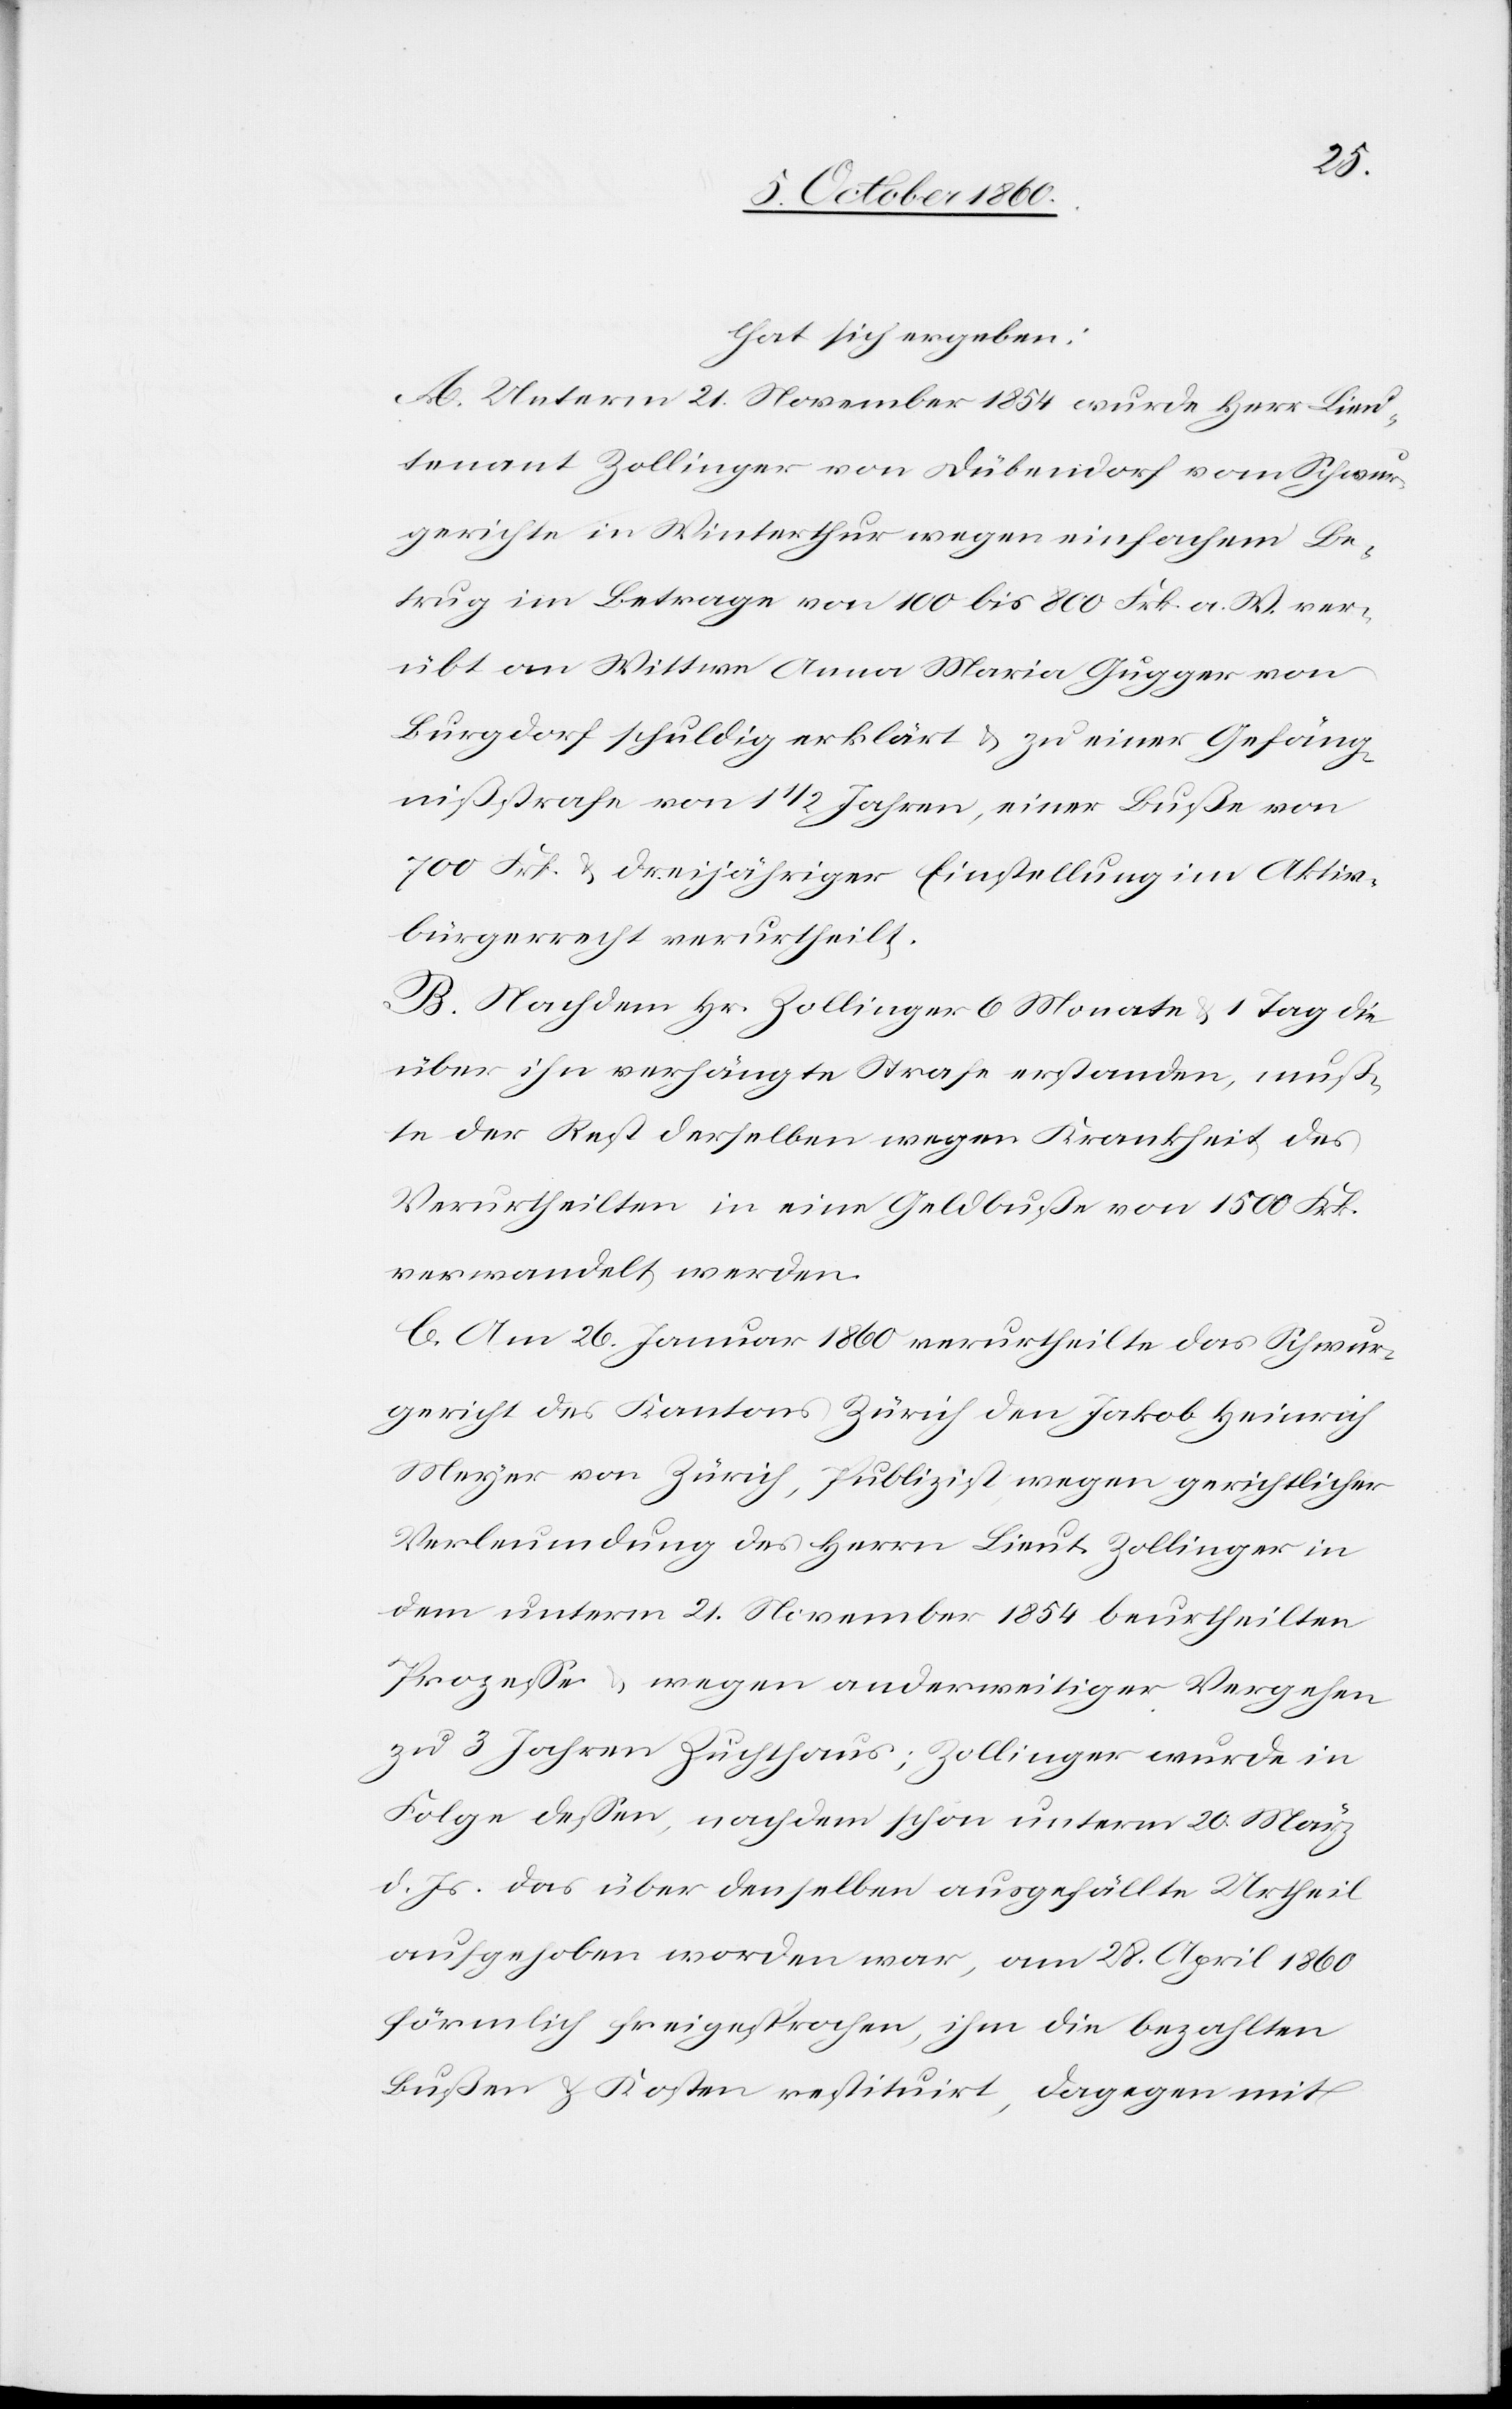
hat sich ergeben:
Unterm 21. November 1854 wurde Herr Lieu¬
tenant Zollinger von Dübendorf vom Schwur¬
gerichte in Winterthur wegen einfachem Be¬
trug im Betrage von 100 bis 800 Frk. a. W. ver¬
übt an Wittwe Anna Maria Gugger von
Burgdorf schuldig erklärt u. zu einer Gefäng¬
nißstrafe von 1 1/2 Jahren, einer Buße von
700 Frk. u. dreijähriger Einstellung im Aktiv¬
bürgerrecht verurtheilt.
B. Nachdem Hr. Zollinger 6 Monate u. 1 Tag die
über ihn verhängte Strafe erstanden, muß¬
te der Rest derselben wegen Krankheit des
Verurtheilten in eine Geldbuße von 1500 Frk.
verwandelt werden.
C. Am 26. Januar 1860 verurtheilte das Schwur¬
gericht von Zürich, Publizist, wegen gerichtlicher
Verleumdung des Herrn Lieut. Zollinger in
dem unterm 21. November 1854 beurtheilten
Prozesse u. wegen anderweitiger Vergehen
zu 3 Jahren Zuchthaus; Zollinger wurde in
Folge dessen, nachdem schon unterm 20. März
d. Js. das über denselben ausgefällte Urtheil
aufgehoben worden war, am 28. April 1860
förmlich freigesprochen, ihm die bezahlten
Bußen u. Kosten restituirt, dagegen mit